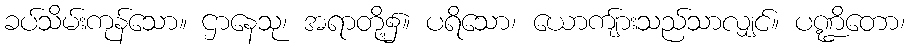
ခပ်သိမ်းကုန်သော။ ဌာနေသု၊ အရာတို့၌။ ပရိသော၊ ယောကျ်ားသည်သာလျှင်။ ပဏ္ဍိတော၊